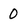
Character: 0